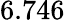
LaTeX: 6.746